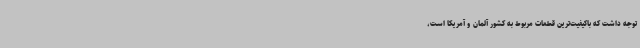
توجه داشت که باکیفیت‌ترین قطعات مربوط به کشور آلمان و آمریکا است،